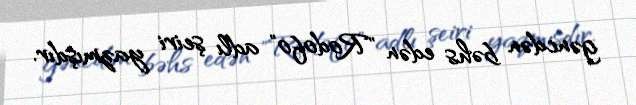
gəncdən bəhs edən "Rodofo" adlı şeiri yazmışdır.